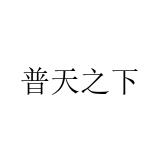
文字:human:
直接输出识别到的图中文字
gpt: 普天之下